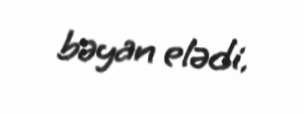
bəyan elədi.